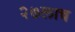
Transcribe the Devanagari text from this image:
२७लाच